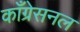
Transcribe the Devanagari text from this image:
काँग्रेसनल